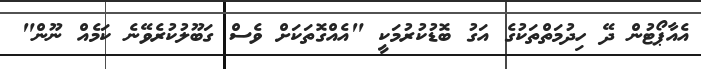
އެއާޕޯޓުން ދޭ ހިދުމަތްތަކުގެ އަގު ބޮޑުކުރުމަކީ "އެއްގޮތަކަށް ވެސް ގަބޫލުކުރެވޭނެ ކަމެއް ނޫން"